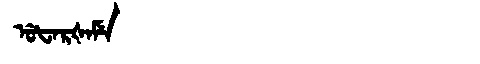
Manchu: ᡠᡶᠠᡵᡧᠠᠮᡝ
Romanization: UFARŠAME